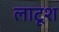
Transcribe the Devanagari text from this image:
लाटूश